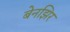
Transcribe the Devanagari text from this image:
बेनझिर